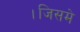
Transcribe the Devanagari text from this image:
।जिसमे